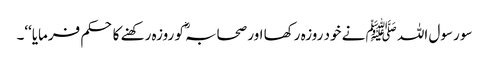
سو رسول اللہ ﷺ نے خود روزہ رکھا اور صحابہؓ کو روزہ رکھنے کا حکم فرمایا‘‘۔